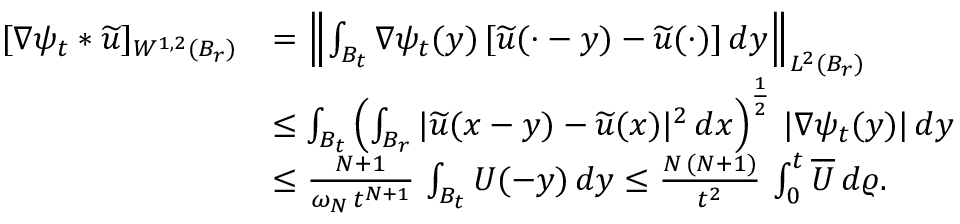
\begin{array} { r l } { [ \nabla \psi _ { t } \ast \widetilde { u } ] _ { W ^ { 1 , 2 } ( B _ { r } ) } } & { = \left\| \int _ { B _ { t } } \nabla \psi _ { t } ( y ) \, [ \widetilde { u } ( \cdot - y ) - \widetilde { u } ( \cdot ) ] \, d y \right\| _ { L ^ { 2 } ( B _ { r } ) } } \\ & { \le \int _ { B _ { t } } \left( \int _ { B _ { r } } | \widetilde { u } ( x - y ) - \widetilde { u } ( x ) | ^ { 2 } \, d x \right) ^ { \frac { 1 } { 2 } } \, | \nabla \psi _ { t } ( y ) | \, d y } \\ & { \le \frac { N + 1 } { \omega _ { N } \, t ^ { N + 1 } } \, \int _ { B _ { t } } U ( - y ) \, d y \le \frac { N \, ( N + 1 ) } { t ^ { 2 } } \, \int _ { 0 } ^ { t } \overline { { U } } \, d \varrho . } \end{array}